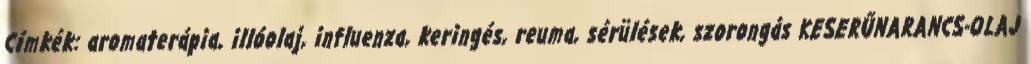
Címkék: aromaterápia, illóolaj, influenza, keringés, reuma, sérülések, szorongás KESERŰNARANCS-OLAJ